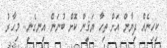
ކިހިނެއް ދިޔާން އަށް ތިހާ ޔަޤީން ކޮށް ބުނަން އިނގެނީ.. މިހާރު